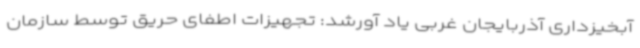
آبخیزداری آذربایجان غربی یاد آورشد: تجهیزات اطفای حریق توسط سازمان